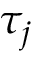
\tau _ { j }